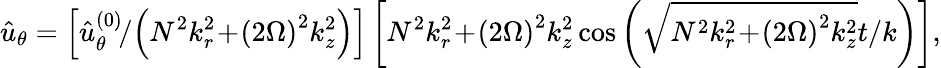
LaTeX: \hat{u}_{\theta}=\left[\hat{u}_{\theta}^{\left(0\right)}\! /\! \left(N^{2}k_{r}^{2}\! +\! \left(2\Omega\right)^{2}k_{z}^{2}\right)\right]\left[N^{2}k_{r}^{2}\! +\! \left(2\Omega\right)^{2}k_{z}^{2}\cos\left(\sqrt{N^{2}k_{r}^{2}\! +\! \left(2\Omega\right)^{2}k_{z}^{2}}t/k\right)\right],